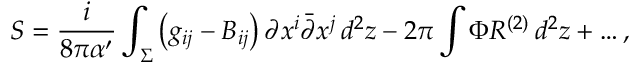
S = \frac i { 8 \pi \alpha ^ { \prime } } \int _ { \Sigma } \left( g _ { i j } - B _ { i j } \right) \partial x ^ { i } \bar { \partial } x ^ { j } \, d ^ { 2 } z - 2 \pi \int \Phi R ^ { ( 2 ) } \, d ^ { 2 } z + \ldots ,